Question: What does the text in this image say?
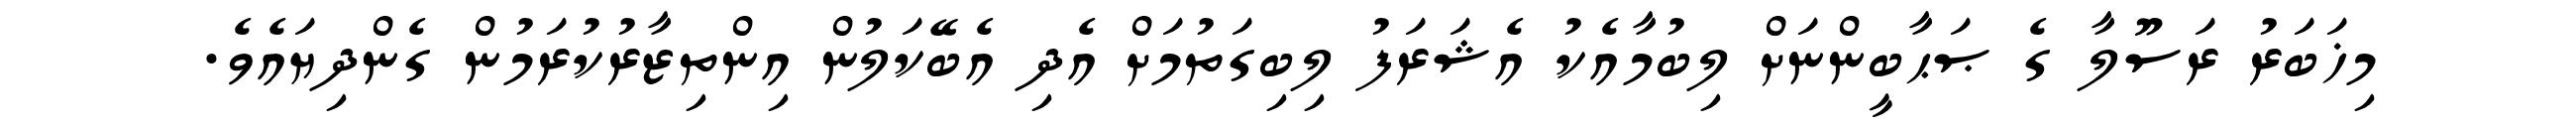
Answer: މިޚަބަރު ރަސޫލާ ގެ ޞަޙާބީންނަށް ލިބުމާއެކު އެޝަރަފު ލިބިގަތުމަށް އެދި އެބޭކަލުން އިންތިޒާރުކުރަމުން ގެންދިޔައެވެ.